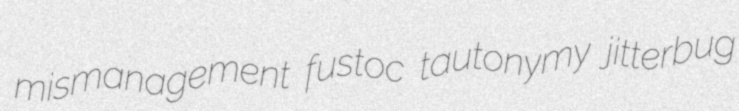
mismanagement fustoc tautonymy jitterbug